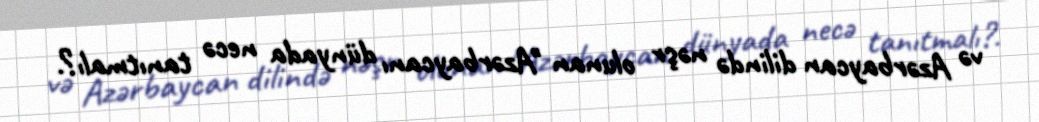
və Azərbaycan dilində nəşr olunan "Azərbaycanı dünyada necə tanıtmalı?.